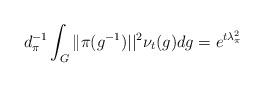
LaTeX: \begin{align*} d_\pi^{-1} \int_G \|\pi(g^{-1})||^2 \nu_t(g) dg = e^{t\lambda_\pi^2} \end{align*}